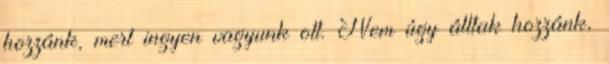
hozzánk, mert ingyen vagyunk ott. Nem úgy álltak hozzánk,